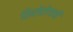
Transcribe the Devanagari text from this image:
शिरोरोगाची